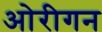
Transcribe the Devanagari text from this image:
ओरीगन